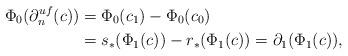
LaTeX: \begin{align*} \Phi_0(\partial^{uf}_n(c)) & = \Phi_0(c_1)- \Phi_0(c_0)\\ & = s_*(\Phi_1(c))-r_*(\Phi_1(c))=\partial_1(\Phi_1(c)),\end{align*}